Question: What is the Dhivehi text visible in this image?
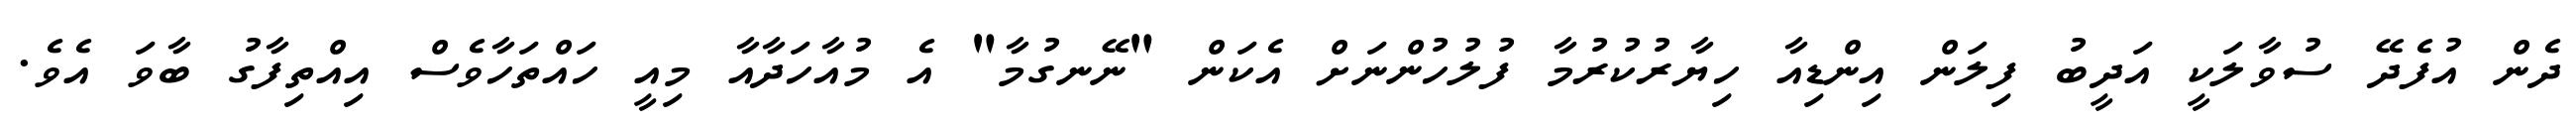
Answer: ދެން އުފެދޭ ސުވާލަކީ އަދީބު ފިލަން އިންޑިއާ ހިޔާރުކުރުމާ ފުލުހުންނަށް އެކަން "ނޭނގުމާ" އެ މުއާހަދާއާ މިއީ ހައްތަހާވެސް އިއްތިފާގު ބާވަ އެވެ.